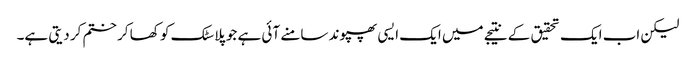
لیکن اب ایک تحقیق کے نتیجے میں ایک ایسی پھپوند سامنے آئی ہے جو پلاسٹک کو کھا کر ختم کر دیتی ہے۔